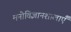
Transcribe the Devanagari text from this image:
मनोविज्ञानशालाएँ